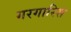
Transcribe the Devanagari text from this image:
गरगारिस